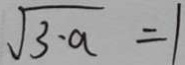
\sqrt { 3 - a } = 1